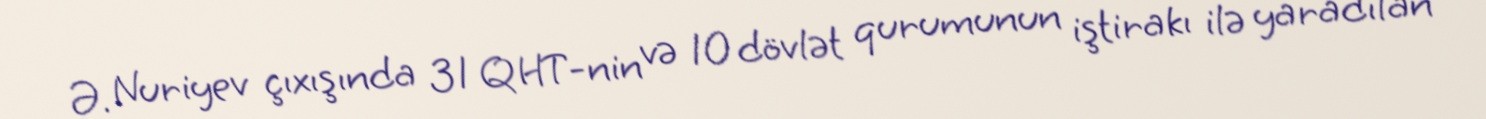
Ə. Nuriyev çıxışında 31 QHT-nin və 10 dövlət qurumunun iştirakı ilə yaradılan